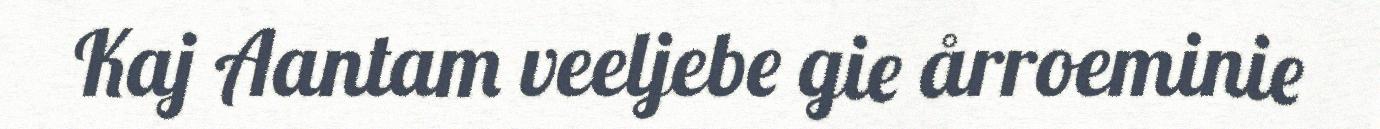
Kaj Aantam veeljebe gie årroeminie